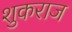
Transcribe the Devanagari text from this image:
शुकराज